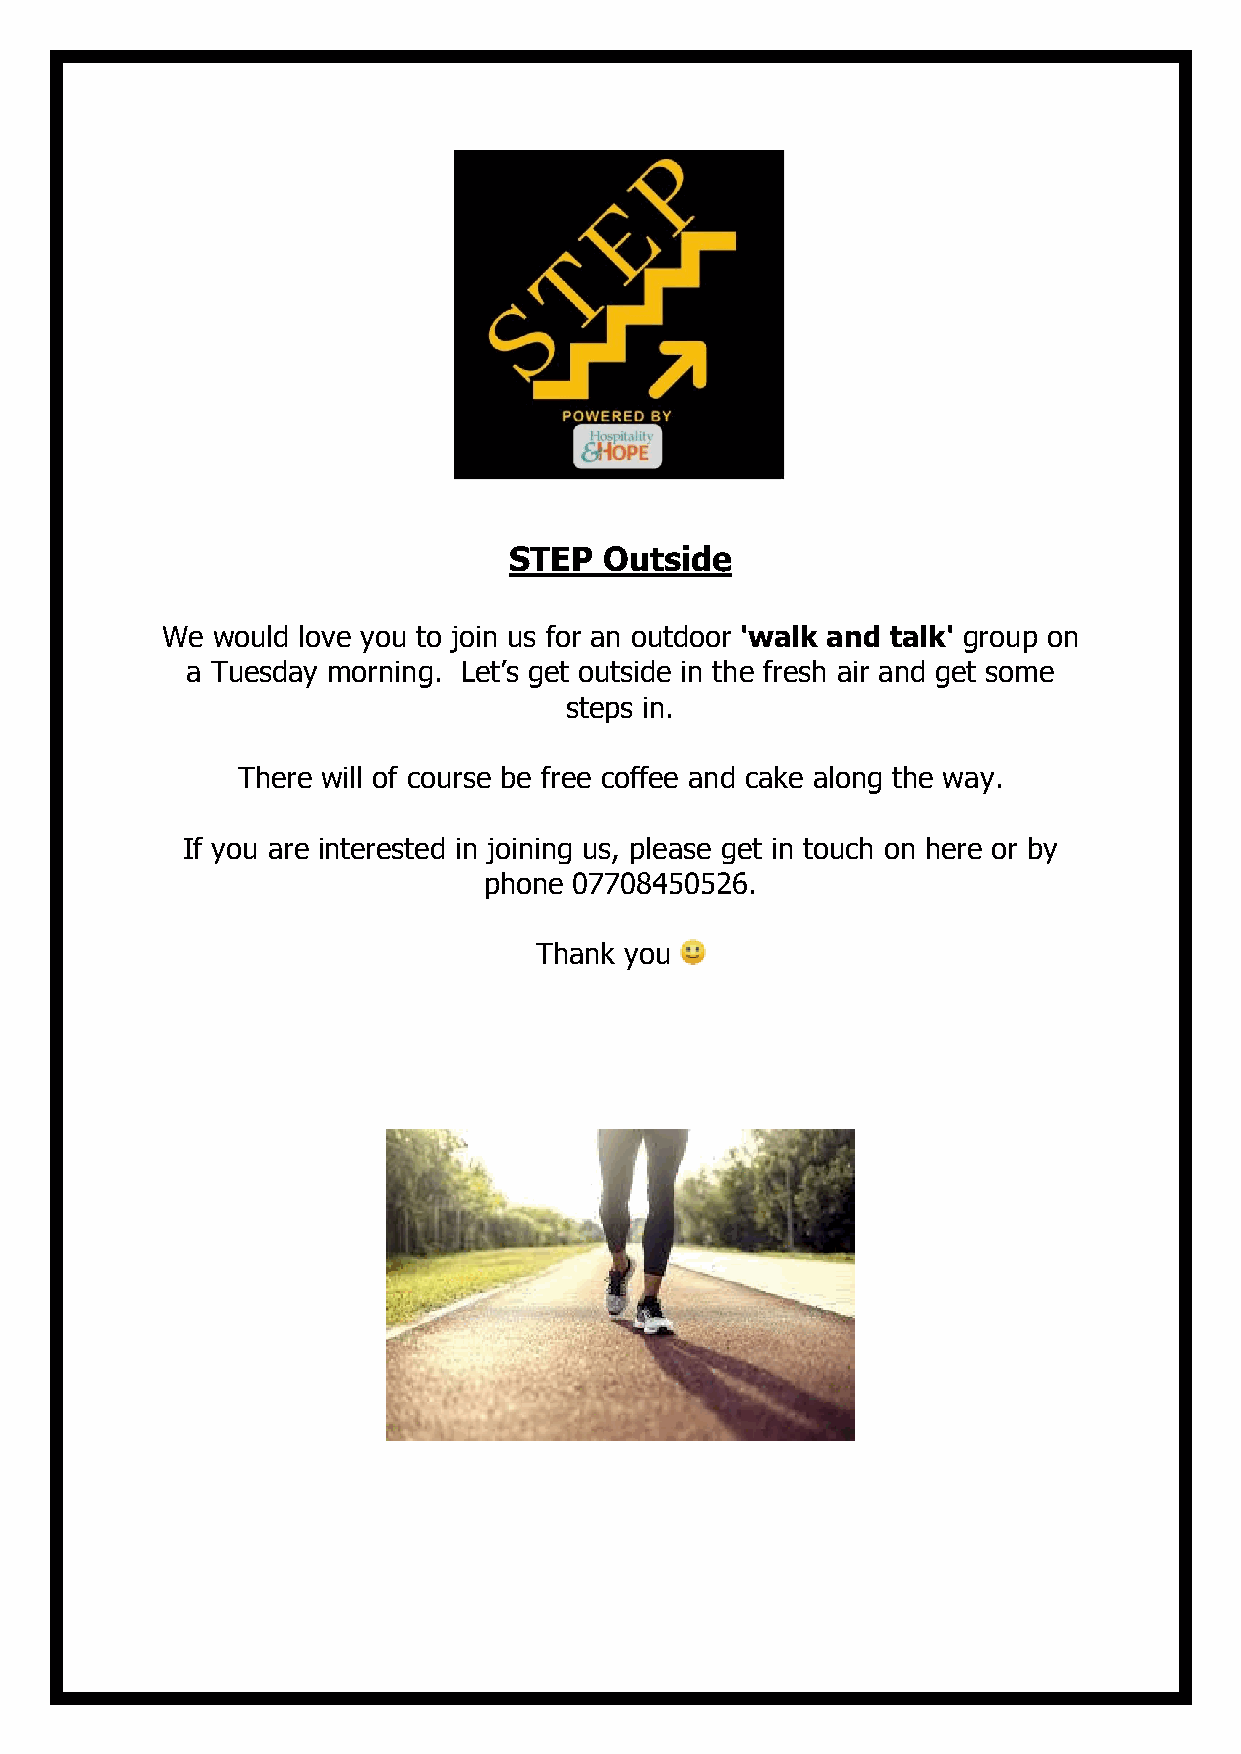
STEP  Outside
 We would love you to join us for an outdoor 'walk and talk' group on
 a Tuesday morning. Let’s get outside in the fresh air and get some
 steps in.
 There will of course be free coffee and cake along the way.
 If you are interested in joining us, please get in touch on here or by
 phone 07708450526.
 Thank you